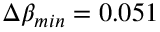
\Delta \beta _ { m i n } = 0 . 0 5 1